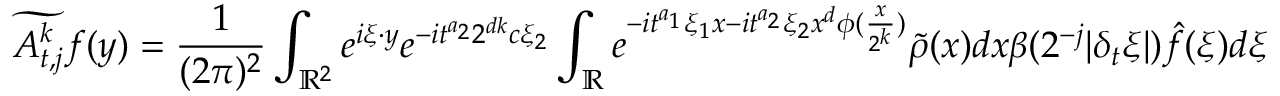
\widetilde { A _ { t , j } ^ { k } } f ( y ) = \frac { 1 } { ( 2 \pi ) ^ { 2 } } \int _ { { \mathbb { R } } ^ { 2 } } e ^ { i \xi \cdot y } e ^ { - i t ^ { a _ { 2 } } 2 ^ { d k } c \xi _ { 2 } } \int _ { \mathbb { R } } e ^ { - i t ^ { a _ { 1 } } \xi _ { 1 } x - i t ^ { a _ { 2 } } \xi _ { 2 } x ^ { d } \phi ( \frac { x } { 2 ^ { k } } ) } \tilde { \rho } ( x ) d x \beta ( 2 ^ { - j } | \delta _ { t } \xi | ) \hat { f } ( \xi ) d \xi